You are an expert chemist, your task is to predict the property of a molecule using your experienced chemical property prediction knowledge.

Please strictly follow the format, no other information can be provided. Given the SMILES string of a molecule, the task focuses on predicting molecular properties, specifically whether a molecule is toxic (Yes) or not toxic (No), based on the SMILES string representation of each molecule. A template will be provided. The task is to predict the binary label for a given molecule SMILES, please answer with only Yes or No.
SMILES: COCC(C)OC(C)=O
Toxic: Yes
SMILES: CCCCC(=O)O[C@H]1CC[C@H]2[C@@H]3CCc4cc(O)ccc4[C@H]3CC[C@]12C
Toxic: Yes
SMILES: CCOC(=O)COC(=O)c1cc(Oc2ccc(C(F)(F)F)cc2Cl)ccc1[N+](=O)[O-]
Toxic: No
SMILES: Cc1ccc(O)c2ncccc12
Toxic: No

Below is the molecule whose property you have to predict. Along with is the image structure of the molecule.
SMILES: C=CCc1ccc(OC)cc1
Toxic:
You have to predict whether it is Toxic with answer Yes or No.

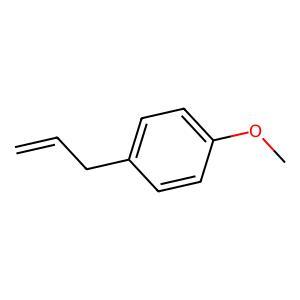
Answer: No